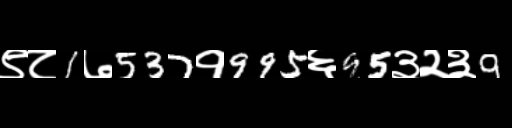
Text: ९८1७537१995६95३२३9